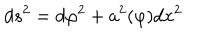
d s ^ { 2 } = d \varphi ^ { 2 } + a ^ { 2 } ( \varphi ) d x ^ { 2 }